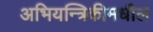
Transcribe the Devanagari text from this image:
अभियन्त्रिकीमधील